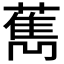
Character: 𦼱